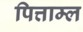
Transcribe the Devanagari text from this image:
पित्ताम्ल